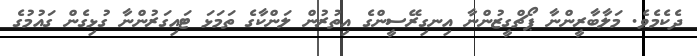
ދެކެމެވެ. މަލާބާރީންނާ ޕޯޗްގީޒުންނާ އިނގިރޭސީންގެ އިތުރުން ލަންކާގެ ތަމަޅަ ޓައިގަރުންނާ ގުޅިގެން ގައުމުގެ